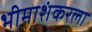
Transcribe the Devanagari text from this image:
भीमाशंकरला